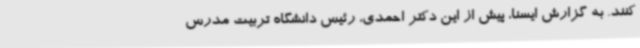
کنند. به گزارش ایسنا، پیش از این دکتر احمدی، رئیس دانشگاه تربیت مدرس